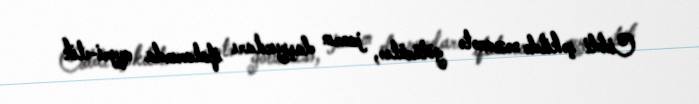
Ciddi şəkildə nəzarətə götürülsə, janrın daşıyıcıları ifalarında qeyri-etik